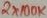
Text: 2X100K